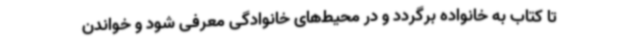
تا کتاب به خانواده برگردد و در محیط‌های خانوادگی معرفی شود و خواندن